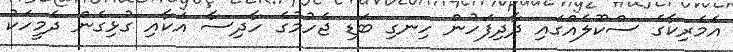
އެމެރިކާގެ ސްކޫލެއްގައި ދާދިފަހުން ހިނގި ބަޑި ޖެހުމުގެ ހާދިސާ އަކާއި ގުޅިގެން ދެމީހަކު